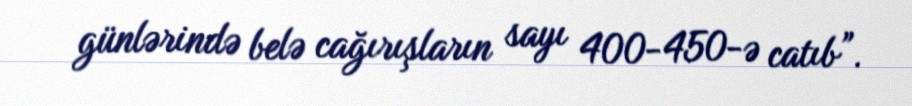
günlərində belə cağırışların sayı 400-450-ə catıb”.